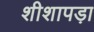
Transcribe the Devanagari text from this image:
शीशापड़ा